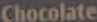
Chocolate